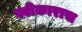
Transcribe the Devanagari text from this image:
स्वीकारास